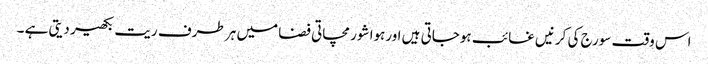
اس وقت سورج کی کرنیں غائب ہوجاتی ہیں اورہوا شور مچاتی فضا میں ہر طرف ریت بکھیر دیتی ہے ۔